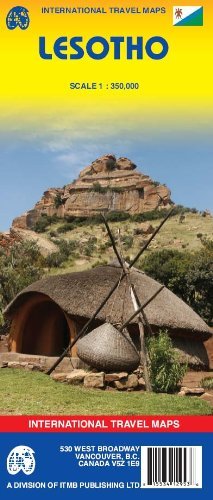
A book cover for By ITM Canada Lesotho 1:350,000 Travel Reference Map (International Travel Maps) (1st Frist Edition) [Map]; Travel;